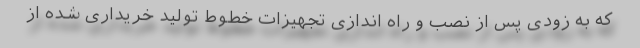
که به زودی پس از نصب و راه اندازی تجهیزات خطوط تولید خریداری شده از